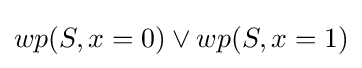
wp(S,x=0)\vee wp(S,x=1)